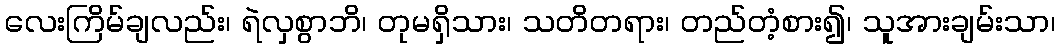
လေးကြိမ်ချလည်း၊ ရဲလှစွာဘိ၊ တုမရှိသား၊ သတိတရား၊ တည်တံ့စား၍၊ သူအားချမ်းသာ၊